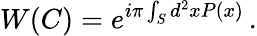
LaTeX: W(C)=e^{i\pi\int_{S}d^{2}xP(x)}\, .